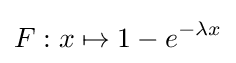
F:x\mapsto 1-e^{-\lambda x}